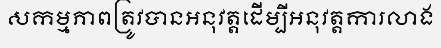
សកម្មភាពត្រូវបានអនុវត្តដើម្បីអនុវត្តការលាង